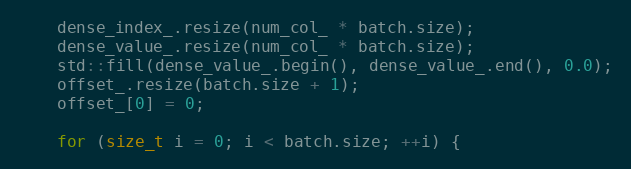
Language: C++
    dense_index_.resize(num_col_ * batch.size);
    dense_value_.resize(num_col_ * batch.size);
    std::fill(dense_value_.begin(), dense_value_.end(), 0.0);
    offset_.resize(batch.size + 1);
    offset_[0] = 0;

    for (size_t i = 0; i < batch.size; ++i) {